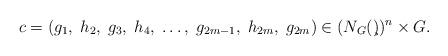
LaTeX: \begin{align*}c= (g_1, \; h_2,\; g_3, \; h_4, \; \ldots, \;g_{2m-1}, \;h_{2m}, \; g_{2m}) \in (N_G(\c))^n \times G.\end{align*}